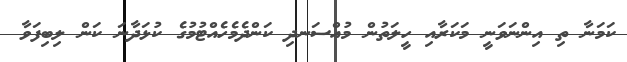
ކަމަނާ ތި އިންނަވަނީ މަކަރާއި ހީލަތުން މުއްސަނދި ކަންދެމެހެއްޓުމުގެ ކުޅަދާނަ ކަން ލިބިފަވާ